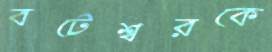
বটেশ্বরকে